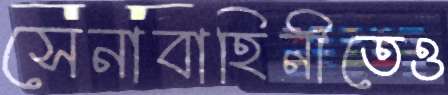
সেনাবাহিনীতেও